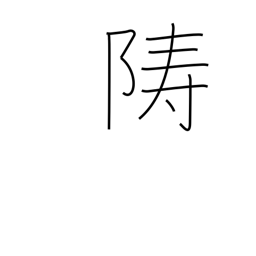
Meaning: island